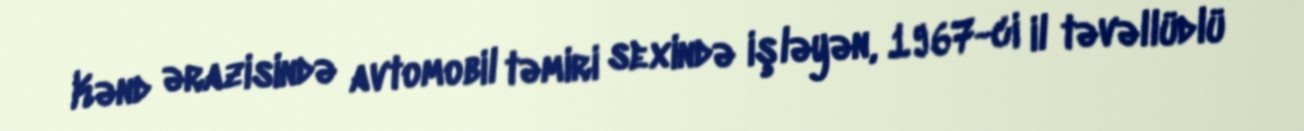
Kənd ərazisində avtomobil təmiri sexində işləyən, 1967-ci il təvəllüdlü